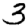
Digit: 3